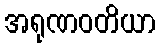
အရုဏဝတိယာ